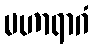
မဟာရာဂံ